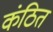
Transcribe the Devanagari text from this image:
कंठित